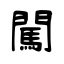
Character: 闖